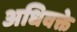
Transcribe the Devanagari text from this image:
अधिवक्ते